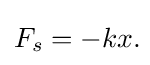
F_{s}=-kx.\!